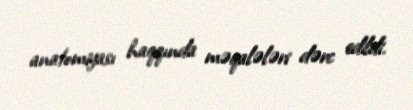
anatomiyası haqqında məqalələri dərc edildi.